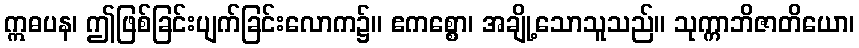
ဣဓပန၊ ဤဖြစ်ခြင်းပျက်ခြင်းလောက၌။ ဧကစ္စော၊ အချို့သောသူသည်။ သုက္ကာဘိဇာတိယော၊